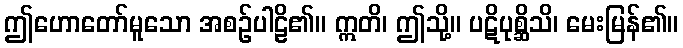
ဤဟောတော်မူသော အစဉ်ပါဠိ၏။ ဣတိ၊ ဤသို့။ ပဋိပုစ္ဆိသိ၊ မေးမြန်၏။